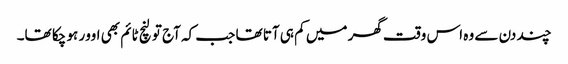
چند دن سے وہ اس وقت گھر میں کم ہی آتا تھا جب کہ آج تو لنچ ٹائم بھی اوور ہو چکا تھا۔